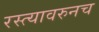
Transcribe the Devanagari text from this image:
रस्त्यावरुनच